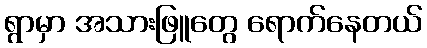
ရွာမှာ အသားဖြူတွေ ရောက်နေတယ်